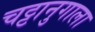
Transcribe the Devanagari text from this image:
चट्टानुगाला